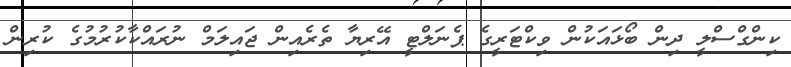
ކިންގްސްލީ ދިން ބޯޅައަކުން ވިކްޓަރީގެ ޕެނަލްޓީ އޭރިޔާ ތެރެއިން ޖައިލަމް ނުރައްކާކުރުމުގެ ކުރިން